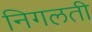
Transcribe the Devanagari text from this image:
निगलती